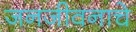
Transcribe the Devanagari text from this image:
जनजीवनाचे